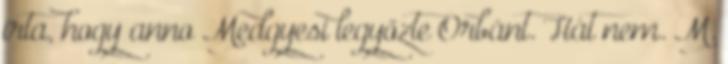
írta, hogy anno Medgyesi legyőzte Orbánt. Hát nem. M.